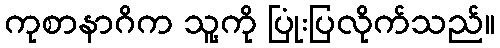
ကုစာနာဂိက သူ့ကို ပြုံးပြလိုက်သည်။